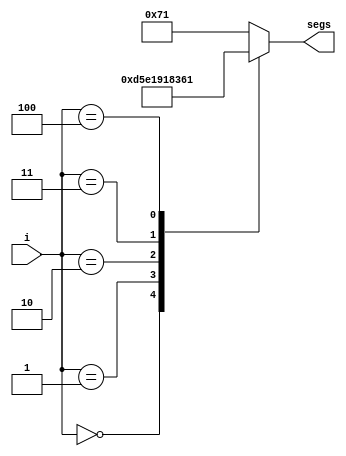
// define segment codes
`define SS_N 8'b11010101
`define SS_T 8'b11100001
`define SS_H 8'b10010001
`define SS_U 8'b10000011
`define SS_E 8'b01100001
`define SS_F 8'b01110001


module display(
    output reg[7:0] segs,
    input [3:0] i
    );

 

always @*
    begin
        case(i)
            4'd0 : segs = `SS_N;
            4'd1 : segs = `SS_T;
            4'd2 : segs = `SS_H;
            4'd3 : segs = `SS_U;
            4'd4 : segs = `SS_E;
            default: segs = `SS_F;
        endcase
    end
endmodule